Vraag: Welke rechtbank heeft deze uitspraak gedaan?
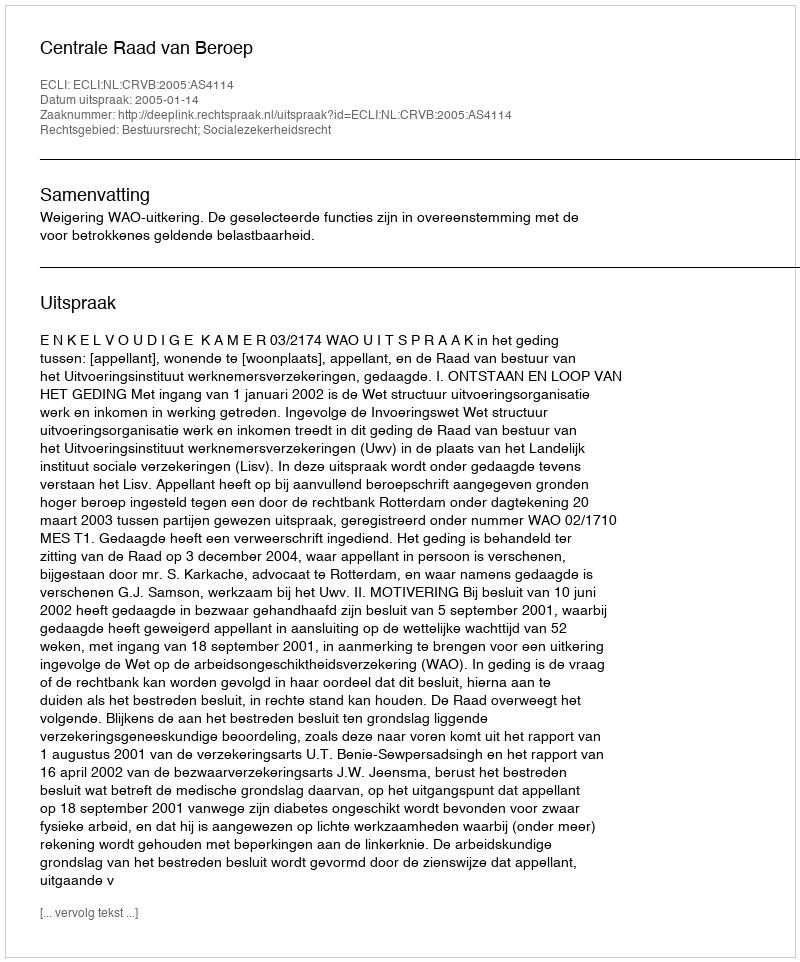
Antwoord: Centrale Raad van Beroep